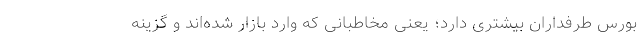
بورس طرفداران بیشتری دارد؛ یعنی مخاطبانی که وارد بازار شده‌اند و گزینه